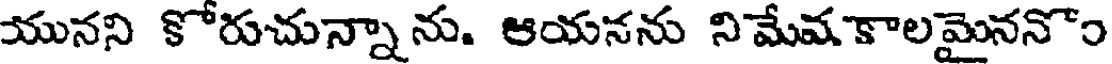
యునని కోరుచున్నాను. ఆయనను నిమేవకాలమైననొం